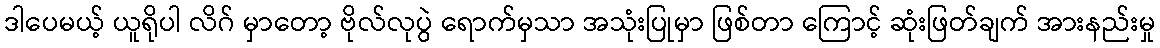
ဒါပေမယ့် ယူရိုပါ လိဂ် မှာတော့ ဗိုလ်လုပွဲ ရောက်မှသာ အသုံးပြုမှာ ဖြစ်တာ ကြောင့် ဆုံးဖြတ်ချက် အားနည်းမှု